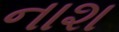
નાશ